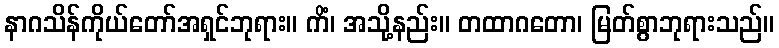
နာဂသိန်ကိုယ်တော်အရှင်ဘုရား။ ကိံ၊ အသို့နည်း။ တထာဂတော၊ မြတ်စွာဘုရားသည်။